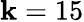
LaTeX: \mathbf{k}=15